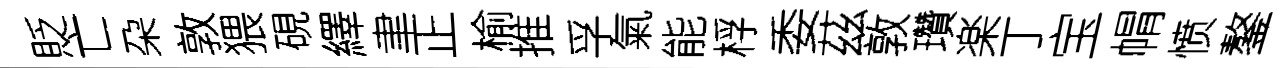
貶亡朶敦猥硯繹聿正榆推孚氣能桴委茲敦瓚楽丁宝㡌愤鏊